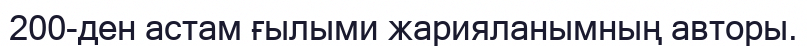
200-ден астам ғылыми жарияланымның авторы.